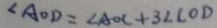
\angle A O D = \angle A O C + 3 \angle C O D